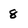
Character: 8